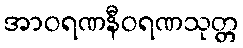
အာဝရဏနီဝရဏသုတ္တ